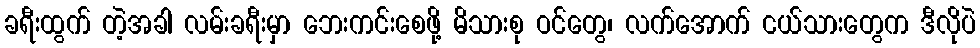
ခရီးထွက် တဲ့အခါ လမ်းခရီးမှာ ဘေးကင်းစေဖို့ မိသားစု ဝင်တွေ၊ လက်အောက် ငယ်သားတွေက ဒီလိုပဲ